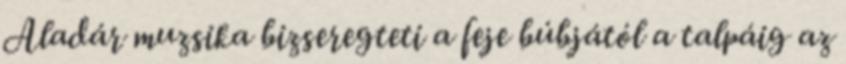
Aladár muzsika bizseregteti a feje búbjától a talpáig az